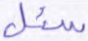
سئل